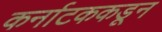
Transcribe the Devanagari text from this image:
कर्नाटककडून